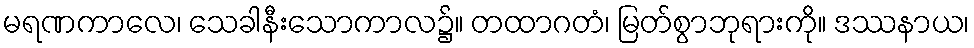
မရဏကာလေ၊ သေခါနီးသောကာလ၌။ တထာဂတံ၊ မြတ်စွာဘုရားကို။ ဒဿနာယ၊